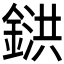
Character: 𨩅